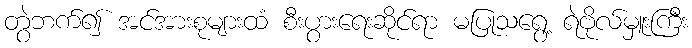
တွဲဘက်၍ အင်အားစုများထံ စီးပွားရေးဆိုင်ရာ မပြုသရွေ့ ရဲဗိုလ်မှူးကြီး